Civil Veterinary Dept. Bombay admin report 1893-99 - 1893-1899
Year: 1893
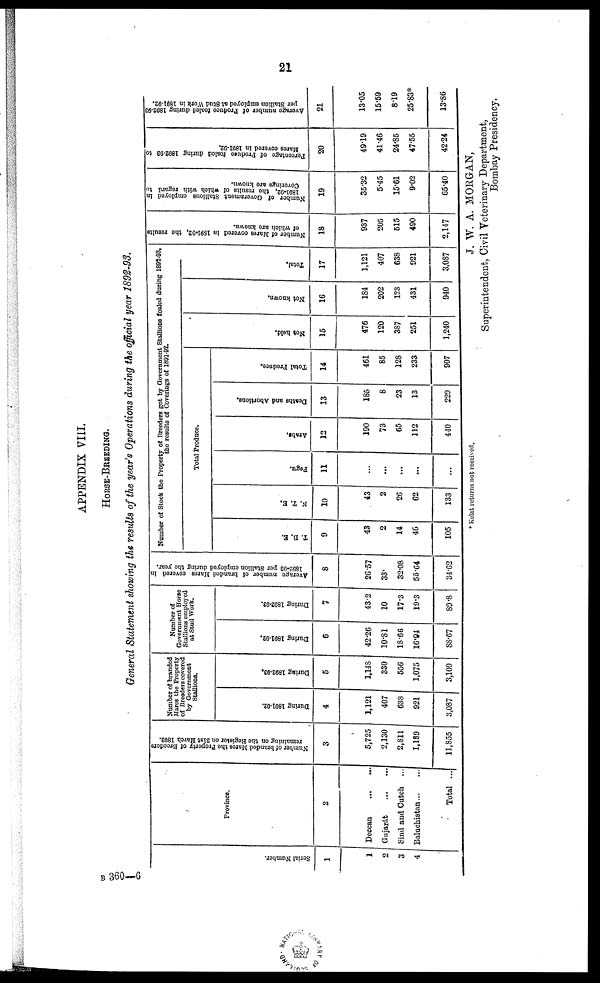
21
APPENDIX VIII.
HORSE-BREEDING.
General Statement showing the results of the year's Operations during the official year 1892-93.
Ser i al Numbe r
.
1
1
2
3
4
Province.
2
Deccan
...
...
Gujarát
...
...
Sind and Cutch ...
Baluchistan...
...
Total ...
Number of branded Mares the Property of Breeders
remaining on the Register on 31st March 1893.
3
5,725
2,130
2,811
1,189
11,855
Number of branded
Mares the Property
of Breeders covered
by Government
Stallions.
During 1891-92.
4
1,121
407
638
921
3,087
During 1892-93.
5
1,148
330
556
1,075
3,109
Number of
Government Horse
Stallions employed
at Stud Work.
During 1891-92.
6
42.26
10.81
18.66
16.94
88.67
During 1892-93.
7
43.2
10
17.3
19.3
89.8
Average number of branded Mares covered in
1892-93 per Stallion employed
during the year.
8
26.57
33.
32.08
55.64
34.62
Number of Stock the Property of Breeders got by Government Stallions foaled during 1892-93,
the results of Coverings of 1891-92.
Total Produce.
T. D. E.
9
43
2
14
46
105
N. T. E.
10
43
2
26
62
133
Pegu.
11
...
...
...
...
...
Arabs.
12
190
73
65
112
440
Deaths and Abortions.
13
185
8
23
13
229
Total Produce.
14
461
85
128
233
907
Not hel d.
15
476
120
387
251
1,240
Not known.
16
184
202
123
431
940
Tot al .
17
1,121
407
638
921
3,087
Number of Mares covered in 1891-92,
the results
of
which are known.
18
937
205
515
490
2,147
Number of Government Stallions employed in
1891-92, the results of which with regard to
Coverings are known.
19
35.32
5.45
15.61
9.02
65.40
Percentage of Produce foaled during 1892-93 to
Mares covered in 1891-92.
20
49.19
41.46
24.85
47.55
42.24
Average
number of Produce foaled during 1892-93
per Stallion employed at Stud Work in 1891-92.
21
13.05
15.59
8.19
25.83*
13.86
* Kelat returns not received.
J. W. A. MORGAN,
Superintendent, Civil Veterinary Department,
Bombay Presidency.
B 360—6